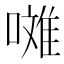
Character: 𱔪